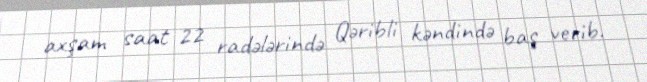
axşam saat 22 radələrində Qəribli kəndində baş verib.